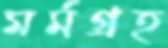
মর্মগ্রহ